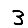
Digit: 3